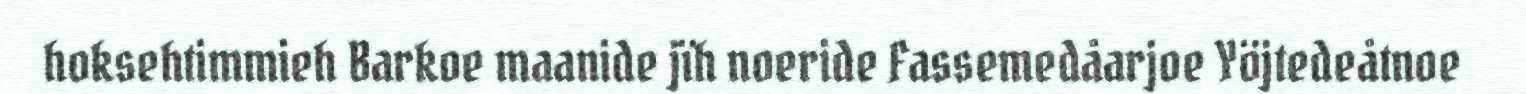
hoksehtimmieh Barkoe maanide jïh noeride Fassemedåarjoe Yöjtedeåtnoe